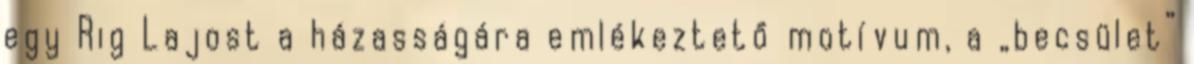
egy Rig Lajost a házasságára emlékeztető motívum, a „becsület”